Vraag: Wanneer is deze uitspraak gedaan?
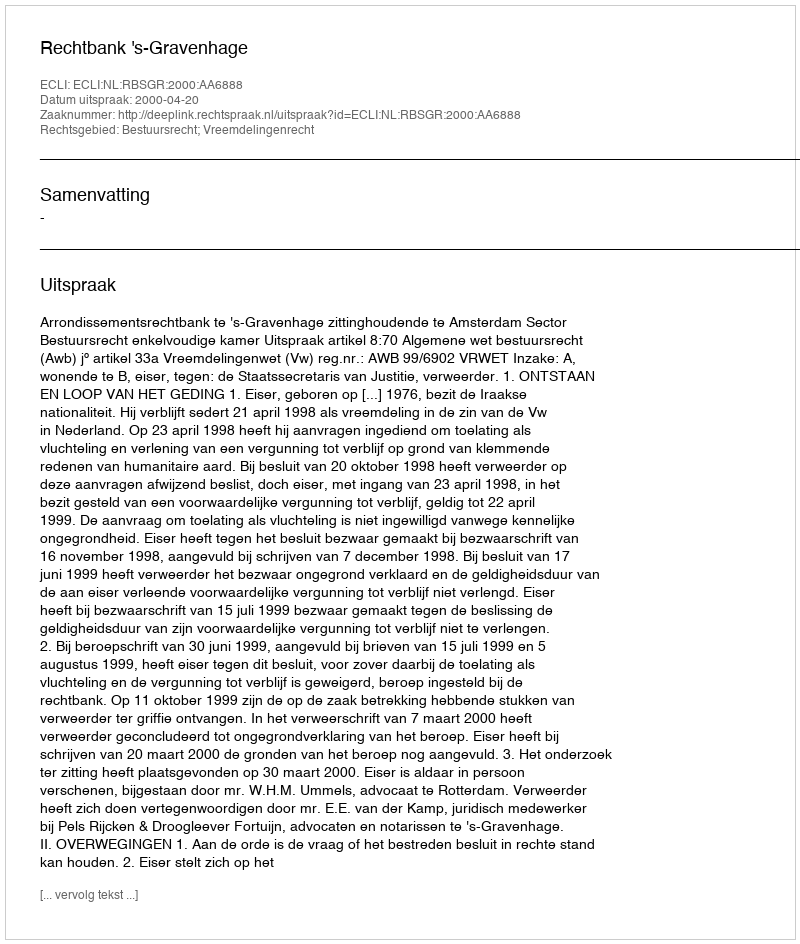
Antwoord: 2000-04-20